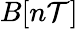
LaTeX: B[n\mathcal{T}]